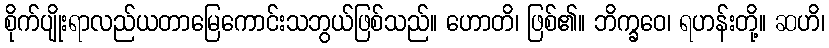
စိုက်ပျိုးရာလည်ယတာမြေကောင်းသဘွယ်ဖြစ်သည်။ ဟောတိ၊ ဖြစ်၏။ ဘိက္ခဝေ၊ ရဟန်းတို့။ ဆဟိ၊